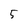
Character: 5